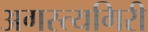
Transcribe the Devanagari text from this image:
अगस्त्यगिरी